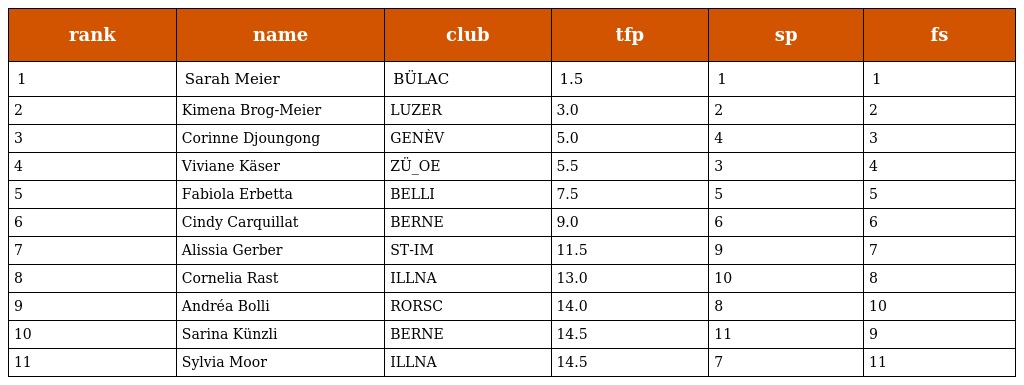
| rank | name | club | tfp | sp | fs |
 | --- | --- | --- | --- | --- | --- |
 | 1 | Sarah Meier | BÜLAC | 1.5 | 1 | 1 |
 | 2 | Kimena Brog-Meier | LUZER | 3.0 | 2 | 2 |
 | 3 | Corinne Djoungong | GENÈV | 5.0 | 4 | 3 |
 | 4 | Viviane Käser | ZÜ_OE | 5.5 | 3 | 4 |
 | 5 | Fabiola Erbetta | BELLI | 7.5 | 5 | 5 |
 | 6 | Cindy Carquillat | BERNE | 9.0 | 6 | 6 |
 | 7 | Alissia Gerber | ST-IM | 11.5 | 9 | 7 |
 | 8 | Cornelia Rast | ILLNA | 13.0 | 10 | 8 |
 | 9 | Andréa Bolli | RORSC | 14.0 | 8 | 10 |
 | 10 | Sarina Künzli | BERNE | 14.5 | 11 | 9 |
 | 11 | Sylvia Moor | ILLNA | 14.5 | 7 | 11 |